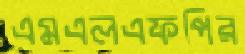
এমএলএফপির